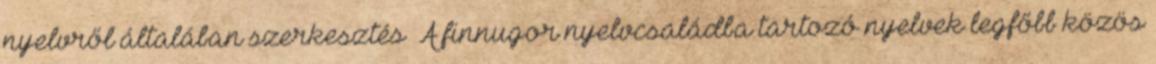
nyelvről általában szerkesztés A finnugor nyelvcsaládba tartozó nyelvek legfőbb közös